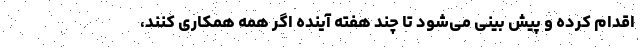
اقدام کرده و پیش بینی می‌شود تا چند هفته آینده اگر همه همکاری کنند،